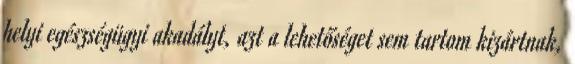
helyi egészségügyi akadályt, azt a lehetőséget sem tartom kizártnak,